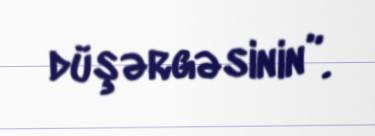
düşərgəsinin”.